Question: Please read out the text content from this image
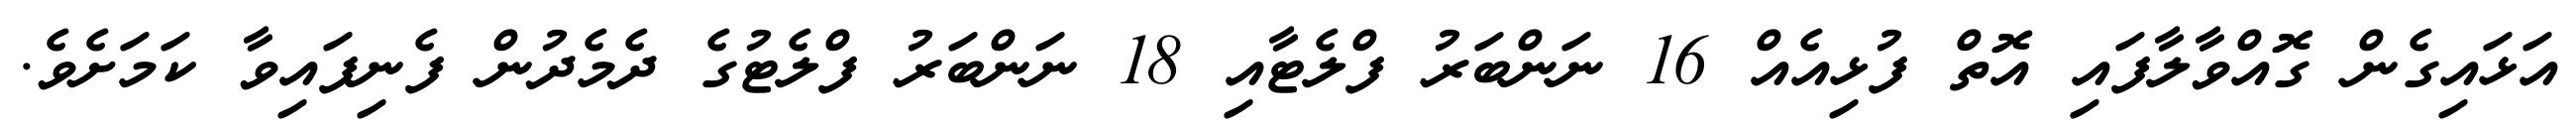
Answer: އަޅައިގެން ގޮއްވާލާފައި އޮތް ފުޅިއެއް 16 ނަންބަރު ފްލެޓާއި 18 ނަންބަރު ފްލެޓުގެ ދެމެދުން ފެނިފައިވާ ކަމަށެވެ.